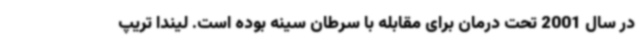
در سال 2001 تحت درمان برای مقابله با سرطان سینه بوده است. لیندا تریپ